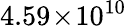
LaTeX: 4.59\! \times\! 10^{10}